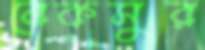
বেকসুর